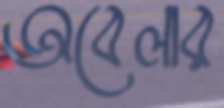
অবেলার